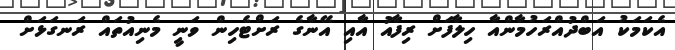
އެކަމަކު އަބްދުއްރަހުމާންއާ ހިލާފަށް ރިފާއު އާއި އޭނާގެ ރަށްޓެހިން ވަނީ މެނިއުތައް ރަނގަޅަށް